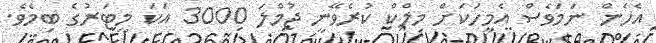
އެހެން ނަމަވެސް އެމީހަކަށް މިލްކް ކުރެވޭނީ ޖުމްލަ 3000 އަކަ މީޓަރުގެ ބިމެވެ.